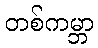
တစ်ကမ္ဘာ